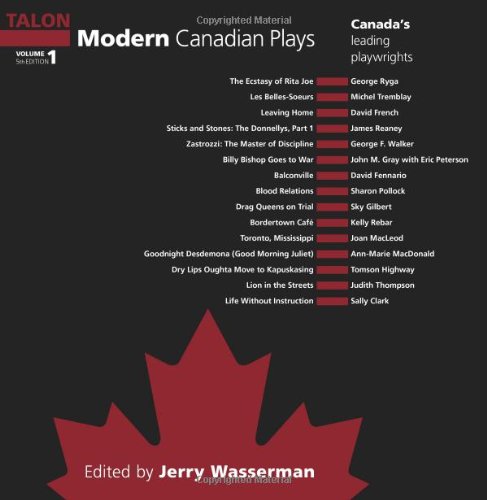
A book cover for Modern Canadian Plays; Literature & Fiction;